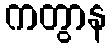
ကတွာန